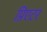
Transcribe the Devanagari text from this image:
प्रिएटर